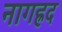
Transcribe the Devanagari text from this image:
नागह्रद